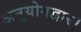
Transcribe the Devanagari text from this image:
अनुयोगद्वार।